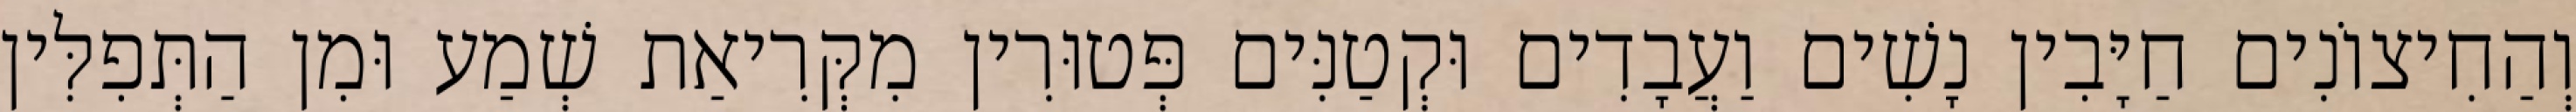
וְהַחִיצוֹנִים חַיָּבִין נָשִׁים וַעֲבָדִים וּקְטַנִּים פְּטוּרִין מִקְּרִיאַת שְׁמַע וּמִן הַתְּפִלִּין